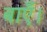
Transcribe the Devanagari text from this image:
बाएँ।